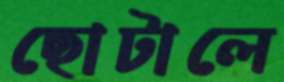
ছোটালে